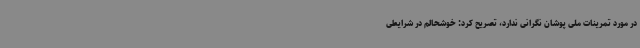
در مورد تمرینات ملی پوشان نگرانی ندارد، تصریح کرد: خوشحالم در شرایطی